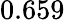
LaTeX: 0.659